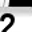
Digit: 2